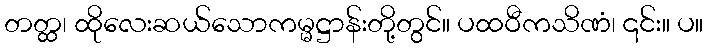
တတ္ထ၊ ထိုလေးဆယ်သောကမ္မဋ္ဌာန်းတို့တွင်။ ပထဝီကသိဏံ၊ ၎င်း။ ပ။